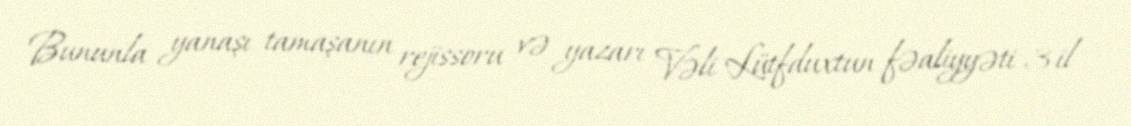
Bununla yanaşı tamaşanın rejissoru və yazarı Vəli Lütfduxtun fəaliyyəti 3 il